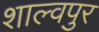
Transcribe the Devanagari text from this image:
शाल्वपुर